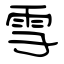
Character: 雪